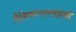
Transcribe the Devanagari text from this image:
लैकिकन्यायसाहस्री